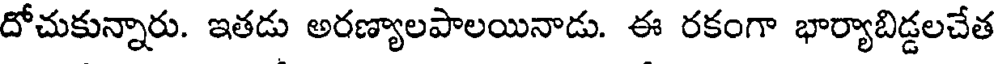
దోచుకున్నారు. ఇతడు అరణ్యాలపాలయినాడు. ఈ రకంగా భార్యాబిడ్డలచేత